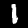
Label: 1